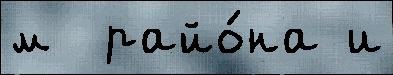
м  райо́на и